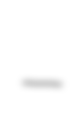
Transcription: –